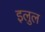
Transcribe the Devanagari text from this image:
इलुल